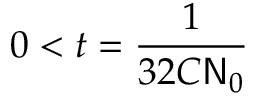
0 < t = \frac { 1 } { 3 2 C \mathsf { N } _ { 0 } }